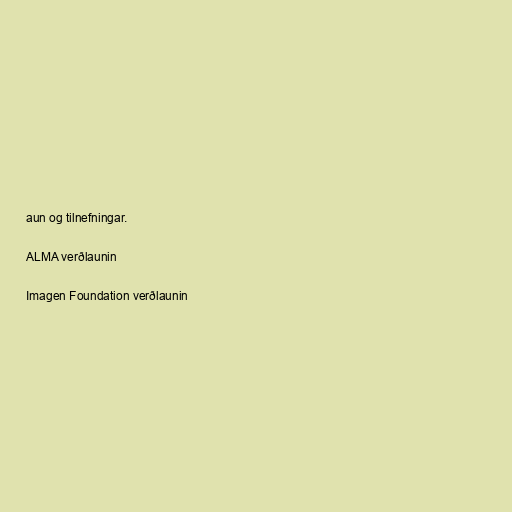
aun og tilnefningar.

ALMA verðlaunin

Imagen Foundation verðlaunin